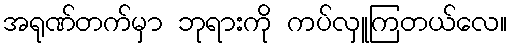
အရုဏ်တက်မှာ ဘုရားကို ကပ်လှူကြတယ်လေ။